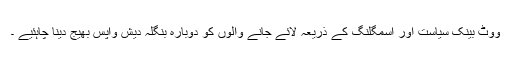
ووٹ بینک سیاست اور اسمگلنگ کے ذریعہ لائے جانے والوں کو دوبارہ بنگلہ دیش واپس بھیج دینا چاہئیے ۔